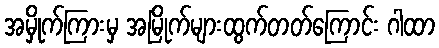
အမှိုက်ကြားမှ အမြိုက်များထွက်တတ်ကြောင်း ဂါထာ